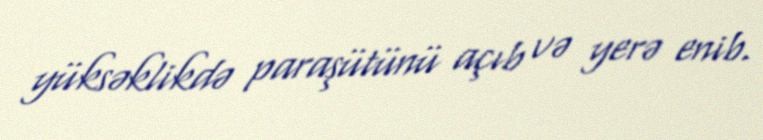
yüksəklikdə paraşütünü açıb və yerə enib.